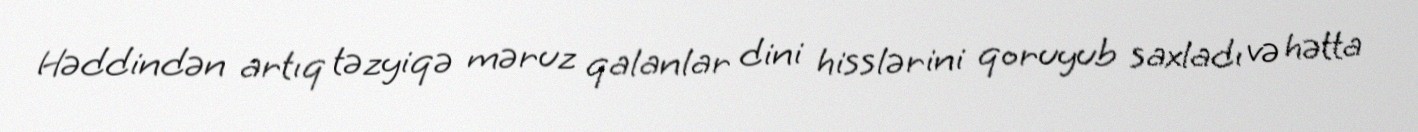
Həddindən artıq təzyiqə məruz qalanlar dini hisslərini qoruyub saxladı və hətta